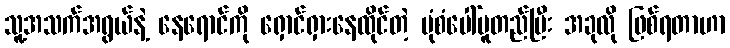
သူ့အသက်အရွယ်နဲ့ နေရောင်ကို ရှောင်ရှားနေထိုင်တဲ့ ပုံစံပေါ်မူတည်ပြီး အခုလို ဖြစ်ရတာဟာ